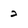
Character: 2